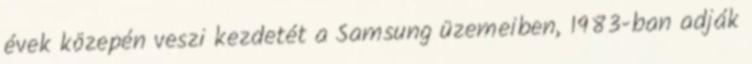
évek közepén veszi kezdetét a Samsung üzemeiben, 1983-ban adják